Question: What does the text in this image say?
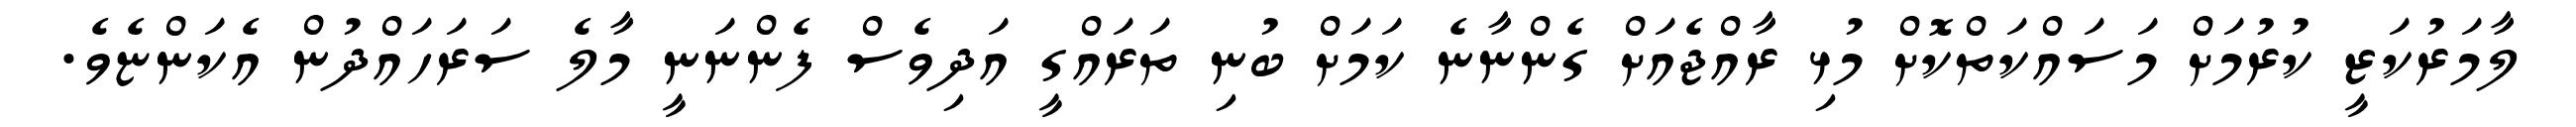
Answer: ލާމަރުކަޒީ ކުރުމަށް މަސައްކަތްކޮށް މުޅި ރާއްޖެއަށް ގެންނާނެ ކަމަށް ބުނި ތަރައްގީ އަދިވެސް ފެންނަނީ މާލެ ސަރަހައްދުން އެކަންޏެވެ.